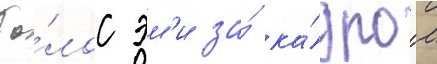
Го́лос эм'и за́ ка́дром